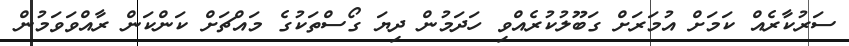
ސަރުކާރެއް ކަމަށް އުމަރަށް ގަބޫލުކުރެއްވި ހަދަމުން ދިޔަ ގޯސްތަކުގެ މައްޗަށް ކަންކަން ރާއްވަވަމުން